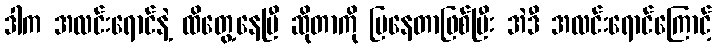
ဒါက အလင်းရောင်နဲ့ ထိတွေ့နေပြီ ဆိုတာကို ပြနေတာဖြစ်ပြီး အဲဒီ အလင်းရောင်ကြောင့်